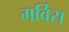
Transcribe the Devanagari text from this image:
गर्विस